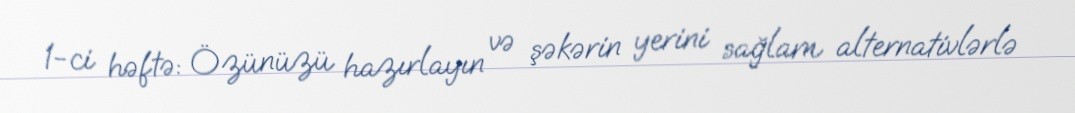
1-ci həftə: Özünüzü hazırlayın və şəkərin yerini sağlam alternativlərlə